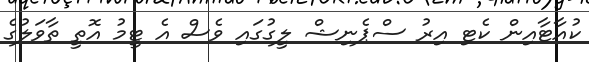
ކުއާޓާއިން ކެޓި އިރު ސްޕެނިޝް ލީގުގައި ވެސް އެ ޓީމު އޮތީ ތާވަލުގެ